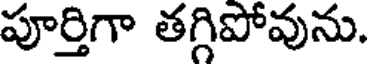
పూర్తిగా తగ్గిపోవును.